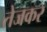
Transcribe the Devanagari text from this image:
तेजकर